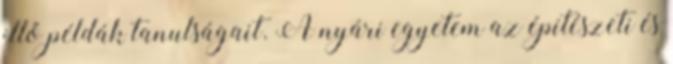
illő példák tanulságait. A nyári egyetem az építészeti és